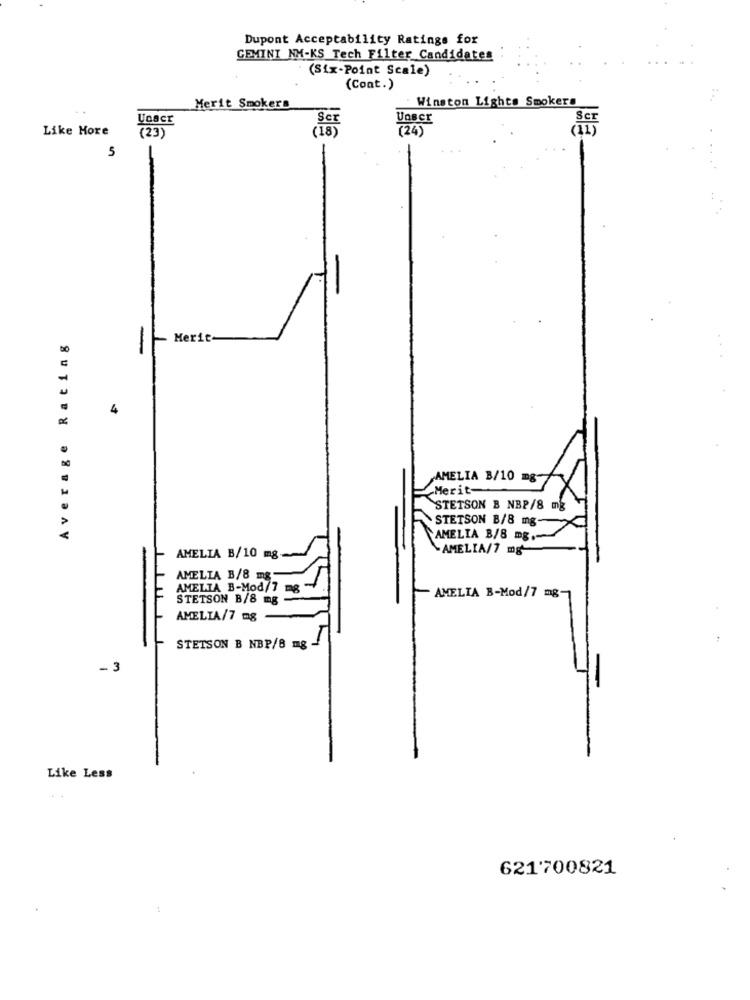
Dupont Acceptability Ratings for
GEMINI NM-KS Tech Filter Candidates
(Six-Point Scale)
(Cont.)
Winston Lights Smokers
Merit Smokers
Unacr
Like Hore
(18)
(24)
(23)
5
Average Rating
Merit
4
AMELIA B/10 mg
Merit-
STETSON B NBP/8 mg
STETSON B/8 mg-
CAMELIA B/8 mg.
AMELIA/7 mg
AMELIA B/10 mg.
AMELIA B/8 mg
AMELIA B-Mod/7 mg
STETSON B/8 mg
AMELIA B-Mod/7 mg-
AMELIA/7 mg
STETSON B NBP/8 mg
- 3
Like Less
621700821